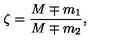
\zeta = \frac { M \mp m _ { 1 } } { M \mp m _ { 2 } } ,